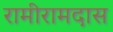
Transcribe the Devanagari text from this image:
रामीरामदास